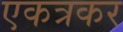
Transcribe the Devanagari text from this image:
एकत्रकर